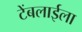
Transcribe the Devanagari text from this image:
टेंबलाईला